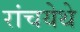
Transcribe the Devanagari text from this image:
रांचयेथे